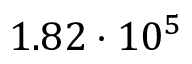
1 . 8 2 \cdot 1 0 ^ { 5 }